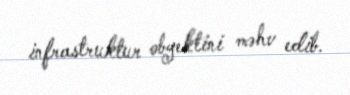
infrastruktur obyektini məhv edib.